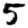
Digit: 5